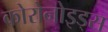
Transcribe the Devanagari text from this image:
कोरोनोइड्स